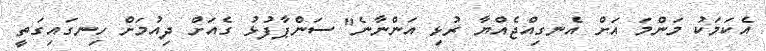
އެކަމަކު މަންމަ އަށް އެނގިއްޖެއްޔާ ރުޅި އަންނާނެ" ސަންޕާފުޅު ގެއަށް ދިއުމަށް ހިނގައިގަތީ